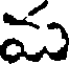
మ